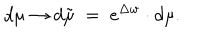
d \mu \rightarrow d \tilde { \mu } \; = \; e ^ { \Delta w } \cdot d \mu .